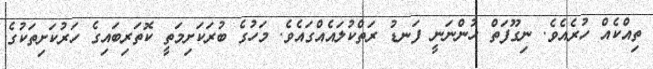
ތިއްކެއް ހުރެއެވެ. ނިގޫފަތް ހުންނަނީ ފަނޑު ރަތްކުލައެއްގައެވެ. މަހުގެ ބުރަކަށިމަތީ ކޮތަރިބައިގެ ހަރުކަށިތަކުގެ